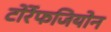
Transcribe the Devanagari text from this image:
टोर्रेफजियोन